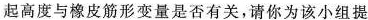
起高度与橡皮筋形变量是否有关，请你为该小组提